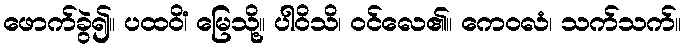
ဖောက်ခွဲ၍။ ပထဝိံ၊ မြေသို့။ ပါဝိသိ၊ ဝင်လေ၏။ ကေဝလံ၊ သက်သက်။